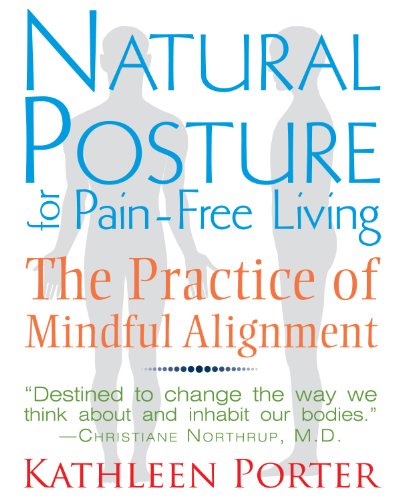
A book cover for Natural Posture for Pain-Free Living: The Practice of Mindful Alignment; Kathleen Porter; Health, Fitness & Dieting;